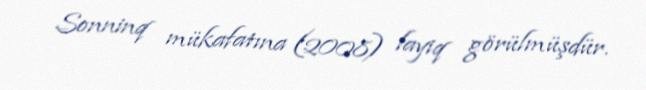
Sonninq mükafatına (2008) layiq görülmüşdür.